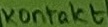
Text: Kontakt